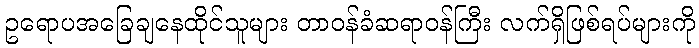
ဥရောပအခြေချနေထိုင်သူများ တာဝန်ခံဆရာဝန်ကြီး လက်ရှိဖြစ်ရပ်များကို